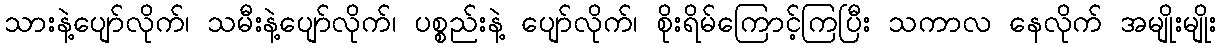
သားနဲ့ပျော်လိုက်၊ သမီးနဲ့ပျော်လိုက်၊ ပစ္စည်းနဲ့ ပျော်လိုက်၊ စိုးရိမ်ကြောင့်ကြပြီး သကာလ နေလိုက် အမျိုးမျိုး